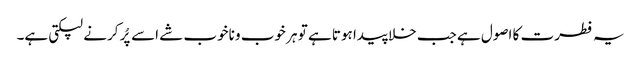
یہ فطرت کا اصول ہے جب خلا پیدا ہوتا ہے تو ہر خوب و ناخوب شے اسے پُر کرنے لپکتی ہے۔